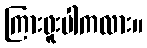
ကြားဖူးပါကလား။